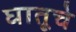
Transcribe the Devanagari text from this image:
घातूचे